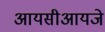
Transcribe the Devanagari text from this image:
आयसीआयजे